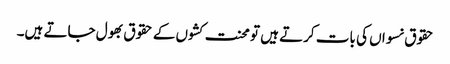
حقوق نسواں کی بات کرتے ہیں تو محنت کشوں کے حقوق بھول جاتے ہیں۔